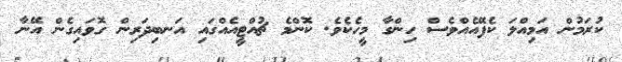
ކުރަމުން އަމިއްލަ ކެފޭއެއްވެސް ހިންގާ މީހެކެވެ. ކޮންމެ ޗުއްޓީއެއްގައި އަނބިދަރިން ގޮވައިގެން އޭނާ